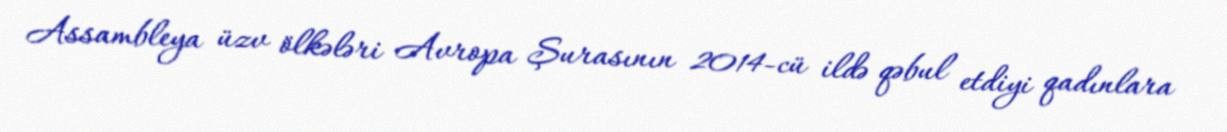
Assambleya üzv ölkələri Avropa Şurasının 2014-cü ildə qəbul etdiyi qadınlara